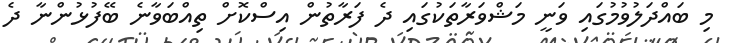
މި ބައްދަލުވުމުގައި ވަނީ މަޝްވަރާތަކުގައި ދެ ފަރާތުން އިސްކޮށް ތިއްބަވާނެ ބޭފުޅުންނާ ދެ